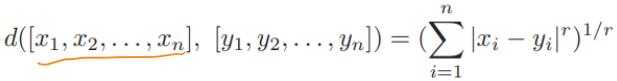
\[d([\underbrace{x_1, x_2, \ldots, x_n}_{}, [y_1, y_2, \ldots, y_n]) = \left(\sum_{i = 1}^{n} |x_i - y_i|^r\right)^{1/r}\]